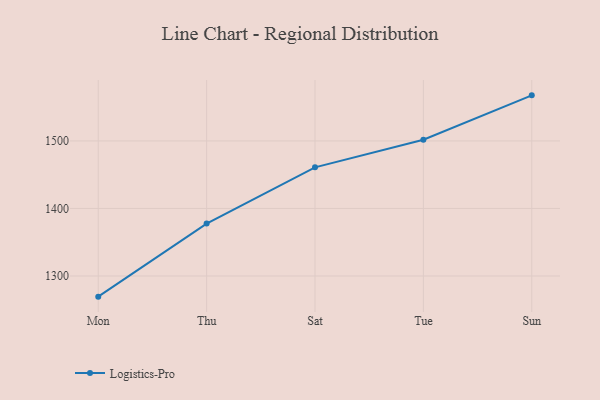
{"axis": {"x": "Day", "y": "Operating Costs (USD K)"}, "legend": ["Logistics-Pro"], "data": [{"x": "Mon", "y": 1269.4, "type": "Logistics-Pro"}, {"x": "Thu", "y": 1377.6, "type": "Logistics-Pro"}, {"x": "Sat", "y": 1460.9, "type": "Logistics-Pro"}, {"x": "Tue", "y": 1501.8, "type": "Logistics-Pro"}, {"x": "Sun", "y": 1567.5, "type": "Logistics-Pro"}]}